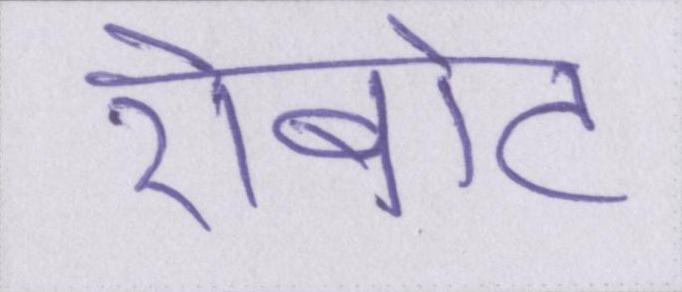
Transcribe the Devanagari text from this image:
रोबोट